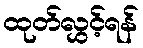
ထုတ်လွှင့်ရန်